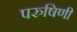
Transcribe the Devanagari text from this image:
परुषिणी